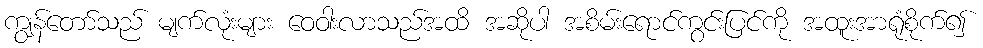
ကျွန်တော်သည် မျက်လုံးများ ဝေဝါးလာသည်အထိ အဆိုပါ အစိမ်းရောင်ကွင်းပြင်ကို အထူးအာရုံစိုက်၍